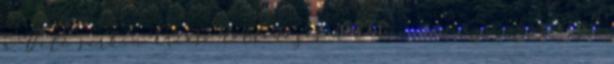
a Déli sarkon Óriási felfedezés határán van az emberiség?